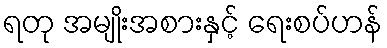
ရတု အမျိုးအစားနှင့် ရေးစပ်ဟန်